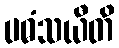
ပဓံသယီတိ